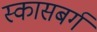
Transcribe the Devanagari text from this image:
स्कासबर्ग